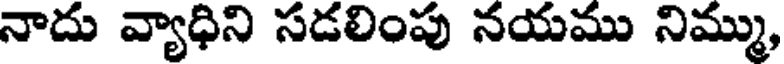
నాదు వ్యాధిని సడలింపు నయము నిమ్ము,